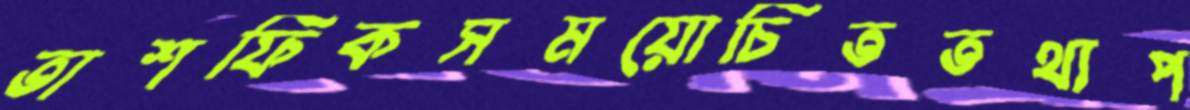
তাশফিকসময়োচিততথ্যপ